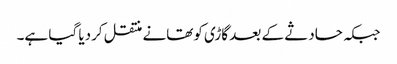
جبکہ حادثے کے بعد گاڑی کوتھانے منتقل کردیا گیا ہے۔